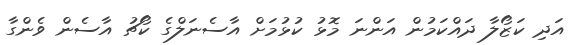
އަދި ކަޒޯލާ ދައްކަމުން އަންނަ މޮޅު ކުޅުމަށް އާސެނަލްގެ ކޯޗު އާސެން ވެންގާ